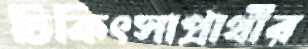
চিকিৎসাপ্রার্থীর